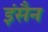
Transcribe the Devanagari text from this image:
इंसैन